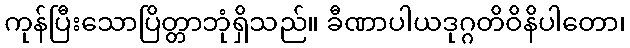
ကုန်ပြီးသောပြိတ္တာဘုံရှိသည်။ ခီဏာပါယဒုဂ္ဂတိဝိနိပါတော၊